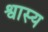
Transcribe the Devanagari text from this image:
श्वास्य